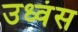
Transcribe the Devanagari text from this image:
उध्वंस